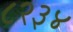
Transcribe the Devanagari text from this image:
८२३४